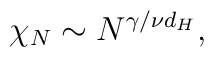
\protect\chi_N \sim N^{\gamma/\nu d_H},